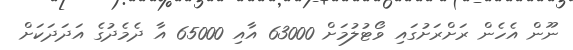
ނޫން އެހެން ރަށްރަށުގައި ވޯޓުލުމަށް 63000 އާއި 65000 އާ ދެމެދުގެ އަދަދަކަށް